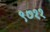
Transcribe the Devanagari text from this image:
९७११